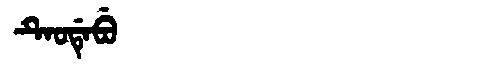
Manchu: ᡨᡝᠣᡩᡝᠪᡠ
Romanization: TEODEBU